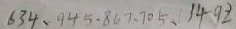
6 3 4 、 9 4 5 、 8 6 7 、 7 0 5 、 1 4 9 2